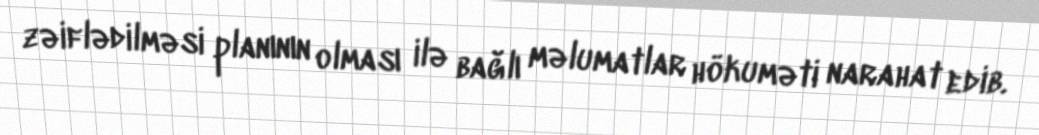
zəiflədilməsi planının olması ilə bağlı məlumatlar hökuməti narahat edib.